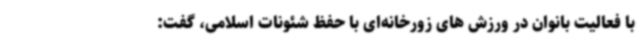
با فعالیت بانوان در ورزش های زورخانه‌ای با حفظ شئونات اسلامی، گفت: